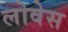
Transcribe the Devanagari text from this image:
लोवेस